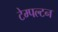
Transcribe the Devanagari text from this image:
टेम्पल्टन